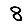
Digit: 8